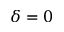
\delta = 0